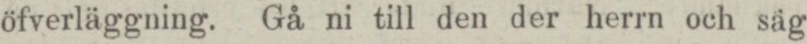
öfverläggning. Gå ni till den der herrn och säg